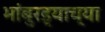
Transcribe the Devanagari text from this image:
भांबुरड्याच्‍या